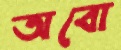
অবো